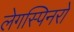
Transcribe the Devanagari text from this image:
लेगस्पिनरों